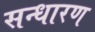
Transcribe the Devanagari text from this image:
सन्‍धारण